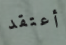
أعتقد